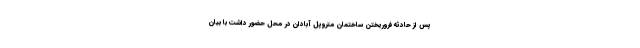
پس از حادثه فروریختن ساختمان متروپل آبادان در محل حضور داشت با بیان